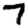
Digit: 7